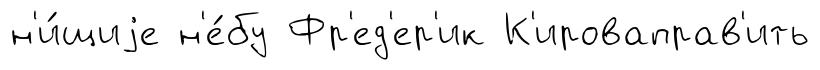
н'и́щиjе н'е́бу Фр'ед'ер'ик К'ироваправ'ить